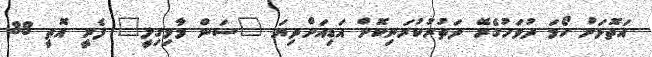
އަތޮޅަށް ހޯމަ ދުވަހުގެރޭ ދަތުރުކުރަނިކޮށް އަޑިއަށްދިޔަ "ސަން މާމިގިލީ" ފެރީ އޮތީ 38